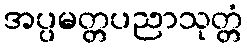
အပ္ပမတ္တပညာသုတ္တံ